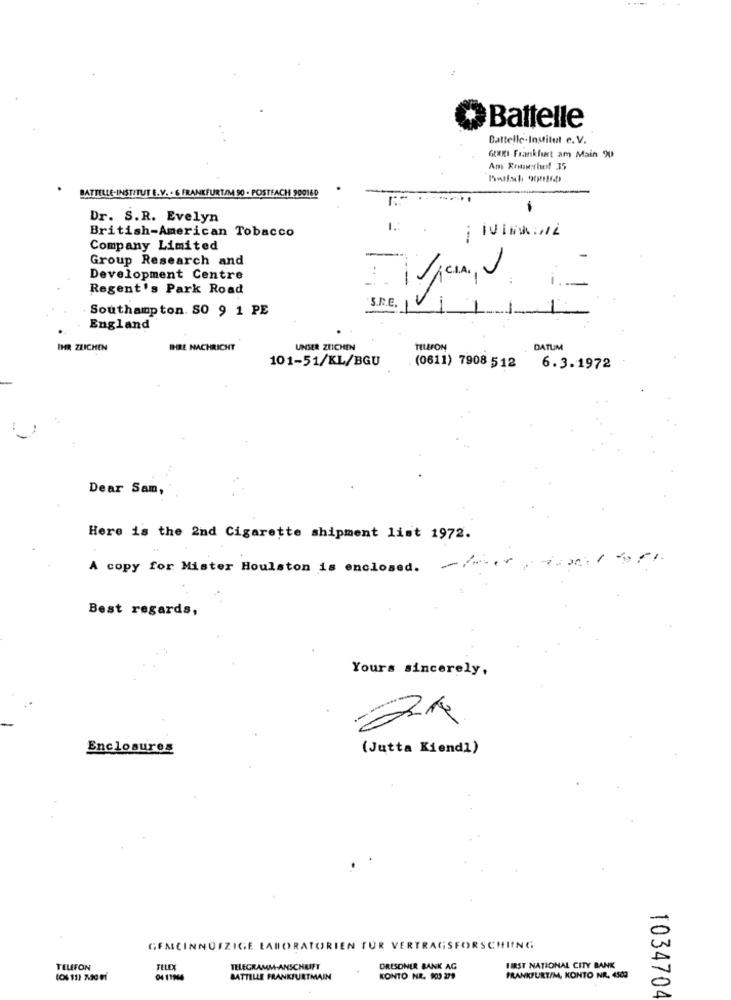
Battelle
Battelle-Institut e. V.
GUI Frankfurt am Main 90
Am Reachof 35
BATTELLE-INSTITUT E.V. + 6 FRANKFURT/M 90 - POSTFACH 900160
-
Dr. S.R. Evelyn
British-American Tobacco
1 .:
Company Limited
Group Research and
:
Development Centre
-
Regent's Park Road
Southampton. SO 9 1 PE
S.R.E.
England
IHR ZEICHEN
IHRE NACHRICHT
UNSER ZEICHEN
TILLFON
DATUM
101-51/KL/BGU
(0611) 7908 512
6.3.1972
Dear Sam,
Here is the 2nd Cigarette shipment list 1972.
A copy for Mister Houlston is enclosed.
Best regards,
Yours sincerely,
Enclosures
(Jutta Kiendi)
0
GEMEINNÜTZIGE LABORATORIEN FUR VERTRAGSFORSCHIING
TELEFON
TELEX
TELEGRAMM-ANSCHRIFT
DRESDNER BANK AG
FIRST NATIONAL CITY BANK
(06 11) 7.90 01
04 11946
BATTELLE FRANKFURTMAIN
KONTO NR. 903 279
FRANKFURT/M, KONTO NR. 4503
0
1034704